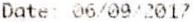
DATE: 06/09/2017